Statistical return of the lunatic asylum in Assam - 1912-1932
Year: 1912
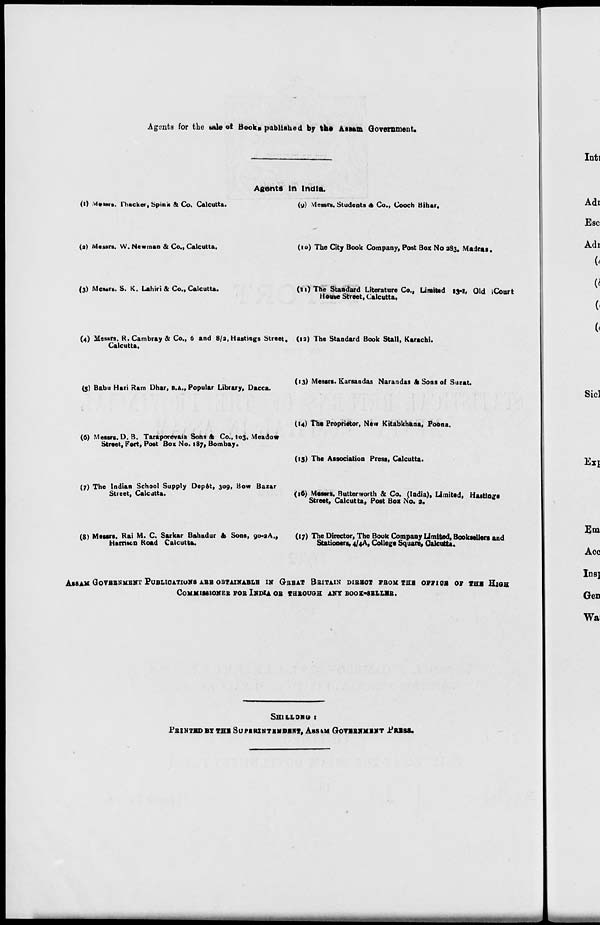
Agents for the sale ot Book* published by the Assam Government.
Agents In India.
(!) .vf«isrs. 1'hacker, Spink & Co. Calcutta.
(y) Messrs. Students A Co., Cooch Bihar,
(a) Messrs. W. Newman & Co., Calcutta.
(10) The City Book Company, Post Box No 383, Madras.
(3) Messrs. S. K. Lahiri 81 Co., Calcutta.
(11) The Standard Literature Co., Limited 13-1, Old iConrt
Home Street, Calcutta,
(4) Messrs. R.Cambray & Co., 6 and 8/a, Hastings Street, (12) The Standard Book Stall, Karachi.
Calcutta,
(5) Babu Hari Ram Dhar, B.A., Popular Library, Dacca.
(13) Messrs. Karsandas Narandas A Sons of Surat.
(6) Messrs. D. B. Taraporevaia Sons & Co., 103, Meadow
Street, Fort, Post Box No. 187, Bombay.
(14) The Proprietor, New Kitabkhana, Poona.
(15) The Association Press, Calcutta.
(7) The Indian School Supply Depet, 309, Bow Bazar
Street, Calcutta.
(16) Messrs. Butterworth & Co. (India), Limited, Hastings
Street, Calcutta, Post Box No. 3.
(8) Messrs. Rai M. C. Sarkar Bahadur A Sons, 90-3 A.,
(17) The Director, The Book Company Limited, Booksellers and
Harrison Road Calcutta.
Stationers, 4/4A, College Square, Calcutta.
ASSAM GOVERNMENT PUBLICATIONS ABB OBTAINABLE IN GREAT BRITAIN DIBBOT FBOM THB owstioa OB TUB HIGH
COMMISSIONER FOB INDIA OB THBOUGH ANY B00K-3ELLSR.
SHILLONU t
PBINTBDBY THH SUPERINTENDENT, ASSIM GOVERNMENT PRESS.